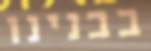
בבנינו